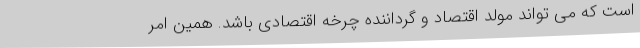
است که می تواند مولد اقتصاد و گرداننده چرخه اقتصادی باشد. همین امر